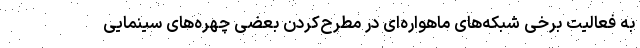
به فعالیت برخی شبکه‌های ماهواره‌ای در مطرح‌کردن بعضی چهره‌های سینمایی